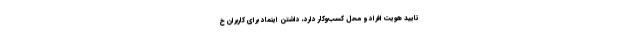
تایید هویت افراد و محل کسب‌وکار دارد، داشتن اینماد برای کاربران خ